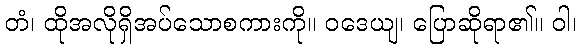
တံ၊ ထိုအလိုရှိအပ်သောစကားကို။ ဝဒေယျ၊ ပြောဆိုရာ၏။ ဝါ၊